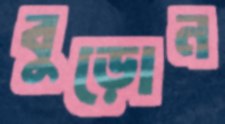
বুড়োন